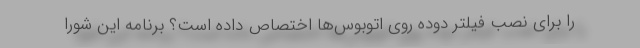
را برای نصب فیلتر دوده روی اتوبوس‌ها اختصاص داده است؟ برنامه این شورا